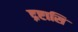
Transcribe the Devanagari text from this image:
द्रष्टासि